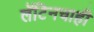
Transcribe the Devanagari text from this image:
लॅटिनचाही